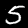
Digit: 5